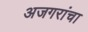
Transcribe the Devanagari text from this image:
अजगरांचा